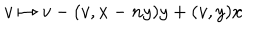
LaTeX: v \mapsto v - ( v , x - n y ) y + ( v , y ) x